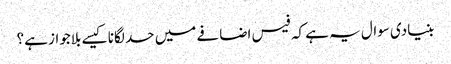
بنیادی سوال یہ ہے کہ فیس اضافے میں حد لگانا کیسے بلاجواز ہے؟